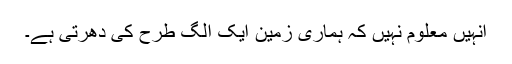
انہیں معلوم نہیں کہ ہماری زمین ایک الگ طرح کی دھرتی ہے۔